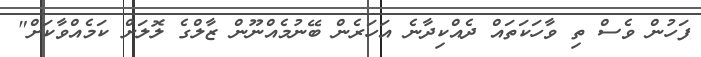
ފަހުން ވެސް ތި ވާހަކަތައް ދެއްކިދާނެ އަހަރެން ބޭނުމެއްނޫން ޒާލްގެ ލޮލަށް ކަމެއްވާކަށް"